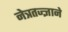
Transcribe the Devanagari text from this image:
नेत्रतज्ज्ञाने